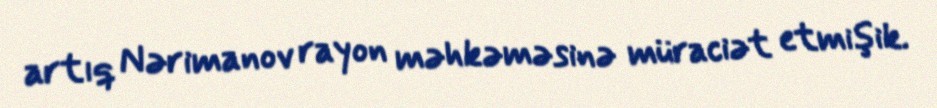
artıq Nərimanov rayon məhkəməsinə müraciət etmişik.